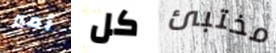
أمير كل مختبئ